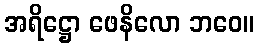
အရိဋ္ဌော ဖေနိလော ဘဝေ။